Vaccination report Assam 1896-1927 - 1896-1927
Year: 1896
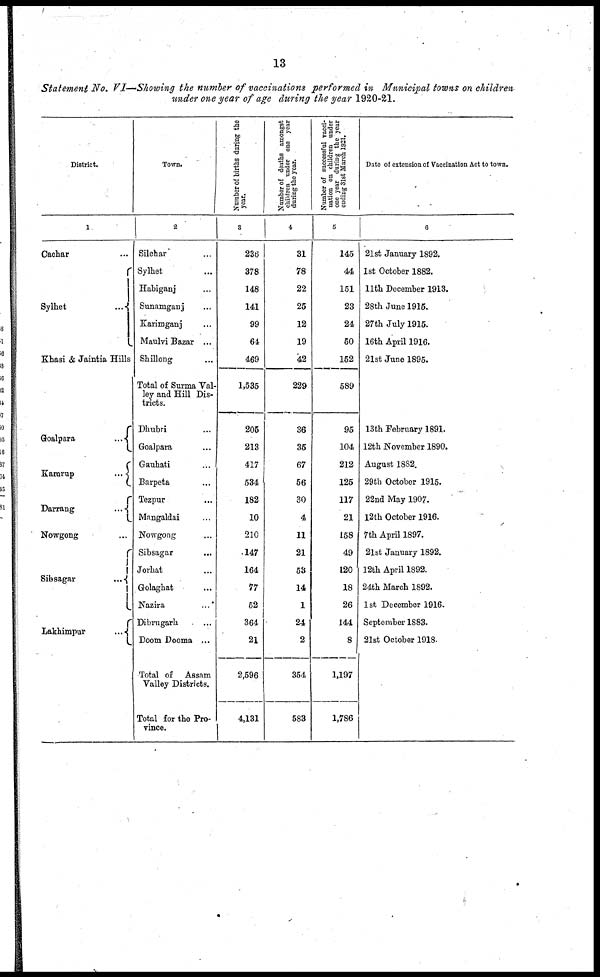
13
Statement No. VI—Showing the number of vaccinations performed in Municipal towns on children
under one year of age during the year 1920-21.
District.
1
Cachar ...
Sylhet
...
Khasi & Jaintia Hills
Goalpara
...
Kamrup
...
Darrang
...
Nowgong ...
Sibsagar
...
Lakhimpur
...
Town.
2
Silchar ...
Sylhet ...
Habiganj
Sunamganj ...
Karimganj ...
Maulvi Bazar ...
Shillong ...
Total of Surma Val-
ley and Hill Dis-
tricts.
Dhubri ...
Goalpara ...
Gauhati ...
Barpeta ...
Tezpur ...
Mangaldai ...
Nowgong ...
Sibsagar ...
Jorhat ...
Golaghat ...
Nazira ...
Dibrugarh ...
Doom Dooma ...
Total of Assam
Valley Districts.
Total for the Pro-
vince.
Number of births during the
year.
3
236
378
148
141
99
64
469
1,535
205
213
417
534
182
10
210
147
164
77
52
364
21
2,596
4,131
Number of deaths amongst
children under one year
during the year.
4
31
78
22
25
12
19
42
229
36
35
67
56
30
4
11
21
53
14
1
24
2
354
583
Number of successful vacci¬
nation on children under
one year during the year
ending 31st March 1921.
5
145
44
151
23
24
50
152
589
95
104
212
125
117
21
158
49
120
18
26
144
8
1,197
1,786
Date of extension of Vaccination Act to town.
6
21st January 1892.
1st October 1882.
11th December 1913.
28th June 1915.
27th July 1915.
16th April 1916.
21st June 1895.
13th February 1891.
12th November 1890.
August 1882.
29th October 1915.
22nd May 1907.
12th October 1916.
7th April 1897.
21st January 1892.
12th April 1892.
24th March 1892.
1st December 1916.
September 1883.
21st October 1918.